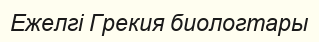
Ежелгі Грекия биологтары